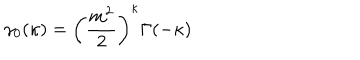
\gamma _ { 0 } ( \kappa ) = \left( \frac { m ^ { 2 } } { 2 } \right) ^ { \kappa } \Gamma ( - \kappa )